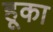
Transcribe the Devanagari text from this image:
हूका